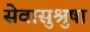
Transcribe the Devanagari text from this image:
सेवासुश्रुषा